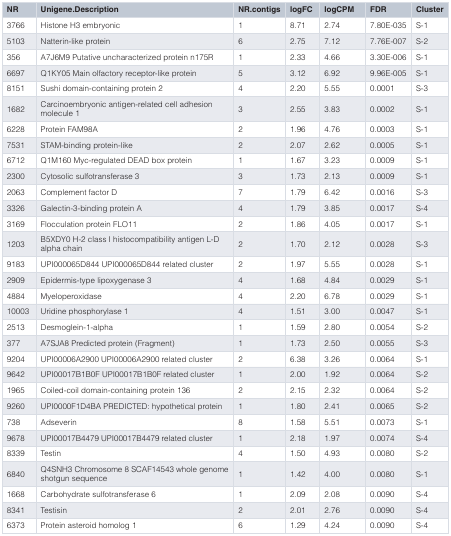
<table><thead><tr><td><b>NR</b></td><td><b>Unigene.Description</b></td><td><b>NR.contigs</b></td><td><b>logFC</b></td><td><b>logCPM</b></td><td><b>FDR</b></td><td><b>Cluster</b></td></tr></thead><tbody><tr><td>3766</td><td>Histone H3 embryonic</td><td>1</td><td>8.71</td><td>2.74</td><td>7.80E-035</td><td>S-1</td></tr><tr><td>5103</td><td>Natterin-like protein</td><td>6</td><td>2.75</td><td>7.12</td><td>7.76E-007</td><td>S-2</td></tr><tr><td>356</td><td>A7J6M9 Putative uncharacterized protein n175R</td><td>1</td><td>2.33</td><td>4.66</td><td>3.30E-006</td><td>S-1</td></tr><tr><td>6697</td><td>Q1KY05 Main olfactory receptor-like protein</td><td>5</td><td>3.12</td><td>6.92</td><td>9.96E-005</td><td>S-1</td></tr><tr><td>8151</td><td>Sushi domain-containing protein 2</td><td>4</td><td>2.20</td><td>5.55</td><td>0.0001</td><td>S-3</td></tr><tr><td>1682</td><td>Carcinoembryonic antigen-related cell adhesionmolecule 1</td><td>3</td><td>2.55</td><td>3.83</td><td>0.0002</td><td>S-1</td></tr><tr><td>6228</td><td>Protein FAM98A</td><td>2</td><td>1.96</td><td>4.76</td><td>0.0003</td><td>S-1</td></tr><tr><td>7531</td><td>STAM-binding protein-like</td><td>2</td><td>2.07</td><td>2.62</td><td>0.0005</td><td>S-1</td></tr><tr><td>6712</td><td>Q1M160 Myc-regulated DEAD box protein</td><td>1</td><td>1.67</td><td>3.23</td><td>0.0009</td><td>S-1</td></tr><tr><td>2300</td><td>Cytosolic sulfotransferase 3</td><td>3</td><td>1.73</td><td>2.13</td><td>0.0009</td><td>S-1</td></tr><tr><td>2063</td><td>Complement factor D</td><td>7</td><td>1.79</td><td>6.42</td><td>0.0016</td><td>S-3</td></tr><tr><td>3326</td><td>Galectin-3-binding protein A</td><td>4</td><td>1.79</td><td>3.85</td><td>0.0017</td><td>S-4</td></tr><tr><td>3169</td><td>Flocculation protein FLO11</td><td>2</td><td>1.86</td><td>4.05</td><td>0.0017</td><td>S-1</td></tr><tr><td>1203</td><td>B5XDY0 H-2 class I histocompatibility antigen L-Dalpha chain</td><td>2</td><td>1.70</td><td>2.12</td><td>0.0028</td><td>S-3</td></tr><tr><td>9183</td><td>UPI000065D844 UPI000065D844 related cluster</td><td>2</td><td>1.97</td><td>5.55</td><td>0.0028</td><td>S-1</td></tr><tr><td>2909</td><td>Epidermis-type lipoxygenase 3</td><td>4</td><td>1.68</td><td>4.84</td><td>0.0029</td><td>S-1</td></tr><tr><td>4884</td><td>Myeloperoxidase</td><td>4</td><td>2.20</td><td>6.78</td><td>0.0029</td><td>S-1</td></tr><tr><td>10003</td><td>Uridine phosphorylase 1</td><td>4</td><td>1.51</td><td>3.00</td><td>0.0047</td><td>S-1</td></tr><tr><td>2513</td><td>Desmoglein-1-alpha</td><td>1</td><td>1.59</td><td>2.80</td><td>0.0054</td><td>S-2</td></tr><tr><td>377</td><td>A7SJA8 Predicted protein (Fragment)</td><td>1</td><td>1.73</td><td>2.50</td><td>0.0055</td><td>S-3</td></tr><tr><td>9204</td><td>UPI00006A2900 UPI00006A2900 related cluster</td><td>2</td><td>6.38</td><td>3.26</td><td>0.0064</td><td>S-1</td></tr><tr><td>9642</td><td>UPI00017B1B0F UPI00017B1B0F related cluster</td><td>1</td><td>2.00</td><td>1.92</td><td>0.0064</td><td>S-2</td></tr><tr><td>1965</td><td>Coiled-coil domain-containing protein 136</td><td>2</td><td>2.15</td><td>2.32</td><td>0.0064</td><td>S-2</td></tr><tr><td>9260</td><td>UPI0000F1D4BA PREDICTED: hypothetical protein</td><td>1</td><td>1.80</td><td>2.41</td><td>0.0065</td><td>S-2</td></tr><tr><td>738</td><td>Adseverin</td><td>8</td><td>1.58</td><td>5.51</td><td>0.0073</td><td>S-1</td></tr><tr><td>9678</td><td>UPI00017B4479 UPI00017B4479 related cluster</td><td>1</td><td>2.18</td><td>1.97</td><td>0.0074</td><td>S-4</td></tr><tr><td>8339</td><td>Testin</td><td>4</td><td>1.50</td><td>4.93</td><td>0.0080</td><td>S-2</td></tr><tr><td>6840</td><td>Q4SNH3 Chromosome 8 SCAF14543 whole genomeshotgun sequence</td><td>1</td><td>1.42</td><td>4.00</td><td>0.0080</td><td>S-1</td></tr><tr><td>1668</td><td>Carbohydrate sulfotransferase 6</td><td>1</td><td>2.09</td><td>2.08</td><td>0.0090</td><td>S-4</td></tr><tr><td>8341</td><td>Testisin</td><td>2</td><td>2.01</td><td>2.76</td><td>0.0090</td><td>S-4</td></tr><tr><td>6373</td><td>Protein asteroid homolog 1</td><td>6</td><td>1.29</td><td>4.24</td><td>0.0090</td><td>S-4</td></tr></tbody></table>